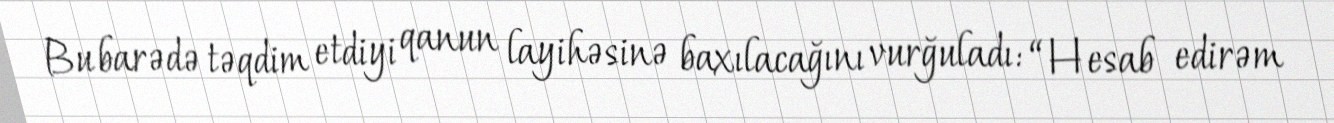
Bu barədə təqdim etdiyi qanun layihəsinə baxılacağını vurğuladı: “Hesab edirəm